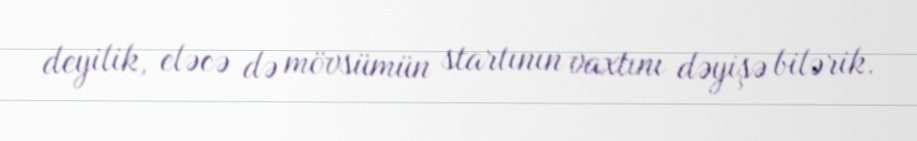
deyilik, eləcə də mövsümün startının vaxtını dəyişə bilərik.